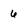
Character: 6